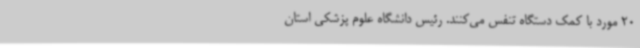
20 مورد با کمک دستگاه تنفس می‌کنند. رئیس دانشگاه علوم پزشکی استان